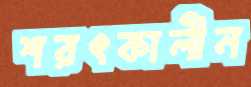
শরৎকালীন